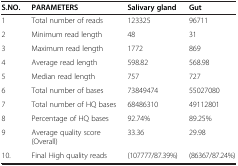
<table><thead><tr><td><b>S.NO.</b></td><td><b>PARAMETERS</b></td><td><b>Salivary gland</b></td><td><b>Gut</b></td></tr></thead><tbody><tr><td>1</td><td>Total number of reads</td><td>123325</td><td>96711</td></tr><tr><td>2</td><td>Minimum read length</td><td>48</td><td>31</td></tr><tr><td>3</td><td>Maximum read length</td><td>1772</td><td>869</td></tr><tr><td>4</td><td>Average read length</td><td>598.82</td><td>568.98</td></tr><tr><td>5</td><td>Median read length</td><td>757</td><td>727</td></tr><tr><td>6</td><td>Total number of bases</td><td>73849474</td><td>55027080</td></tr><tr><td>7</td><td>Total number of HQ bases</td><td>68486310</td><td>49112801</td></tr><tr><td>8</td><td>Percentage of HQ bases</td><td>92.74%</td><td>89.25%</td></tr><tr><td>9</td><td>Average quality score (Overall)</td><td>33.36</td><td>29.98</td></tr><tr><td>10.</td><td>Final High quality reads</td><td>(107777/87.39%)</td><td>(86367/87.24%)</td></tr></tbody></table>